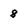
Character: 8